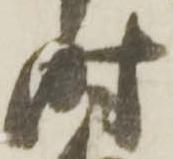
時